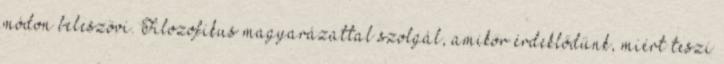
módon beleszövi. Filozofikus magyarázattal szolgál, amikor érdeklődünk, miért teszi